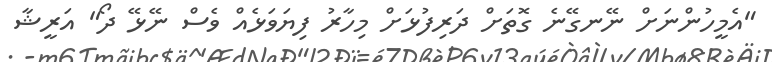
"އެމީހުންނަށް ނޭނގޭނެ ގޮތަށް ދަރިފުޅަށް މިހާރު ފިޔަވަޅެއް ވެސް ނޭޅޭ ދޯ" އަރީޝާ